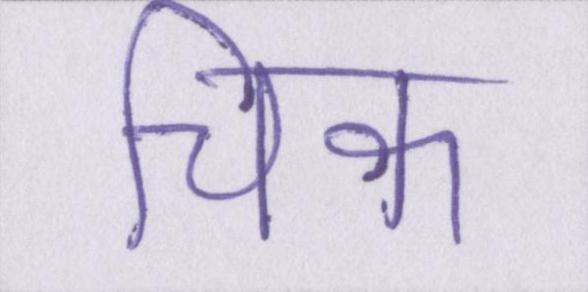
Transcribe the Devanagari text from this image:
चिक